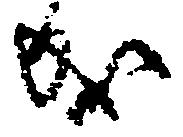
成